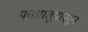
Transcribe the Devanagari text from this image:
पंचधातूपासून